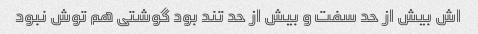
اش بیش از حد سفت و بیش از حد تند بود گوشتی هم توش نبود